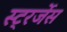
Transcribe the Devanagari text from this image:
स्ट्रर्जेस